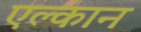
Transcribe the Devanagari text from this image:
एल्कान